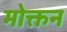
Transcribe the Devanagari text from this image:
मोक्तन